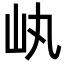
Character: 𡴿